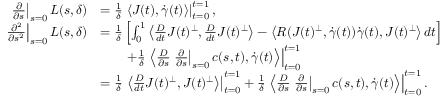
\begin{array} { r l } { \left. \frac { \partial } { \partial s } \right| _ { s = 0 } L ( s , \delta ) } & { = \frac { 1 } { \delta } \left. \left\langle J ( t ) , \dot { \gamma } ( t ) \right\rangle \right| _ { t = 0 } ^ { t = 1 } , } \\ { \left. \frac { \partial ^ { 2 } } { \partial s ^ { 2 } } \right| _ { s = 0 } L ( s , \delta ) } & { = \frac { 1 } { \delta } \left[ \int _ { 0 } ^ { 1 } \left\langle \frac { D } { d t } J ( t ) ^ { \perp } , \frac { D } { d t } J ( t ) ^ { \perp } \right\rangle - \left\langle R ( J ( t ) ^ { \perp } , \dot { \gamma } ( t ) ) \dot { \gamma } ( t ) , J ( t ) ^ { \perp } \right\rangle d t \right] } \\ & { \qquad + \frac { 1 } { \delta } \left. \left\langle \frac { D } { \partial s } \left. \frac { \partial } { \partial s } \right| _ { s = 0 } c ( s , t ) , \dot { \gamma } ( t ) \right\rangle \right| _ { t = 0 } ^ { t = 1 } } \\ & { = \frac { 1 } { \delta } \left. \left\langle \frac { D } { d t } J ( t ) ^ { \perp } , J ( t ) ^ { \perp } \right\rangle \right| _ { t = 0 } ^ { t = 1 } + \frac { 1 } { \delta } \left. \left\langle \frac { D } { \partial s } \left. \frac { \partial } { \partial s } \right| _ { s = 0 } c ( s , t ) , \dot { \gamma } ( t ) \right\rangle \right| _ { t = 0 } ^ { t = 1 } . } \end{array}